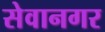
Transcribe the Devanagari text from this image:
सेवानगर